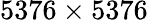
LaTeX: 5376\times 5376